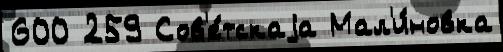
600 259 Сов'е́тскаjа Мал'и́новка